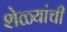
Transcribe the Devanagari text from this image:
शेळ्यांची